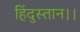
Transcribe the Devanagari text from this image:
हिंदुस्तान।।